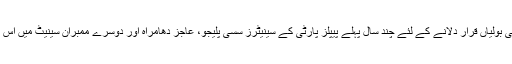
پاکستان میں سندھی، پنجابی، بلوچی اور پشتون بولیوں کو قومی بولیاں قرار دلانے کے لئے چند سال پہلے پیپلز پارٹی کے سینیٹرز سسی پلیجو، عاجز دھامراہ اور دوسرے ممبران سینیٹ میں اس بل کو لے کر آئے تھے مگر ابھی تک شاید کچھ ہو نہیں سکا۔